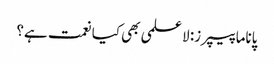
پاناما پیپرز: لا علمی بھی کیا نعمت ہے؟